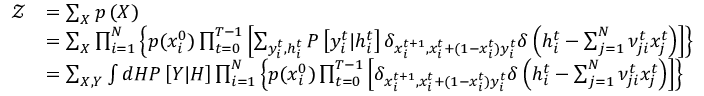
\begin{array} { r l } { \mathcal { Z } } & { = \sum _ { \boldsymbol { X } } p \left( \boldsymbol { X } \right) } \\ & { = \sum _ { \boldsymbol { X } } \prod _ { i = 1 } ^ { N } \left\{ p ( x _ { i } ^ { 0 } ) \prod _ { t = 0 } ^ { T - 1 } \left[ \sum _ { y _ { i } ^ { t } , h _ { i } ^ { t } } P \left[ y _ { i } ^ { t } | h _ { i } ^ { t } \right] \delta _ { x _ { i } ^ { t + 1 } , x _ { i } ^ { t } + ( 1 - x _ { i } ^ { t } ) y _ { i } ^ { t } } \delta \left( h _ { i } ^ { t } - \sum _ { j = 1 } ^ { N } \nu _ { j i } ^ { t } x _ { j } ^ { t } \right) \right] \right\} } \\ & { = \sum _ { \boldsymbol { X } , \boldsymbol { Y } } \int d \boldsymbol { H } P \left[ \boldsymbol { Y } | \boldsymbol { H } \right] \prod _ { i = 1 } ^ { N } \left\{ p ( x _ { i } ^ { 0 } ) \prod _ { t = 0 } ^ { T - 1 } \left[ \delta _ { x _ { i } ^ { t + 1 } , x _ { i } ^ { t } + ( 1 - x _ { i } ^ { t } ) y _ { i } ^ { t } } \delta \left( h _ { i } ^ { t } - \sum _ { j = 1 } ^ { N } \nu _ { j i } ^ { t } x _ { j } ^ { t } \right) \right] \right\} } \end{array}